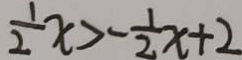
\frac { 1 } { 2 } x > - \frac { 1 } { 2 } x + 2